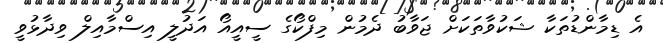
އެ ޑިމާންޑުތަކާ ޝަކުވާތަކަށް ޖަވާބު ދެމުން މިފްކޯގެ ސީއީއޯ އަދުލީ އިސްމާއިލް ވިދާޅުވީ